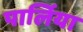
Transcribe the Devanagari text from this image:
पार्लिया